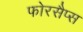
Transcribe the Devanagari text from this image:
फोरसैप्स